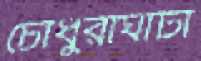
চৌধুরীঘাটা